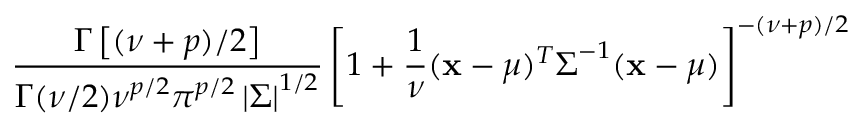
{ \frac { \Gamma \left[ ( \nu + p ) / 2 \right] } { \Gamma ( \nu / 2 ) \nu ^ { p / 2 } \pi ^ { p / 2 } \left| { \boldsymbol { \Sigma } } \right| ^ { 1 / 2 } } } \left[ 1 + { \frac { 1 } { \nu } } ( { \mathbf { x } } - { \boldsymbol { \mu } } ) ^ { T } { \boldsymbol { \Sigma } } ^ { - 1 } ( { \mathbf { x } } - { \boldsymbol { \mu } } ) \right] ^ { - ( \nu + p ) / 2 }